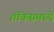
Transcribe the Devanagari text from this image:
शोकेसमध्ये